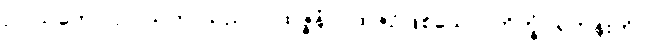
ဥပါသကော၊ ဥပါသကာသည်။ ပုထုဇ္ဇနံ၊ ပုထုဇဉ်ဖြစ်သော။ ဘိက္ခုံ၊ ရဟန်းကို။